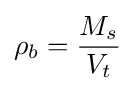
\rho _{b}={\frac {M_{s}}{V_{t}}}